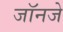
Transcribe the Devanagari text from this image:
जॉनजे